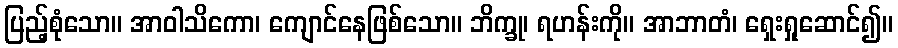
ပြည့်စုံသော။ အာဝါသိကော၊ ကျောင်နေဖြစ်သော။ ဘိက္ခု၊ ရဟန်းကို။ အာဘာတံ၊ ရှေးရှုဆောင်၍။